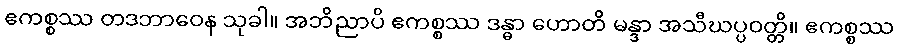
ဧကစ္စဿ တဒဘာဝေန သုခါ။ အဘိညာပိ ဧကစ္စဿ ဒန္ဓာ ဟောတိ မန္ဒာ အသီဃပ္ပဝတ္တိ။ ဧကစ္စဿ